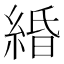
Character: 緍